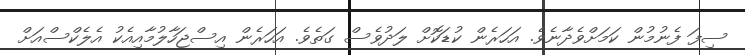
ސިފަ ފެނުމުން ކަމަށްވެދާނެވެ. އަހަރެން ކުޑަކޮށް ލަދުވެސް ގަތެވެ. އަހަރެން އިސްޖަހާލުމާއިއެކު އެލެކްސްއަށް